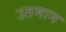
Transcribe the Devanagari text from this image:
उतमान